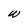
Character: w